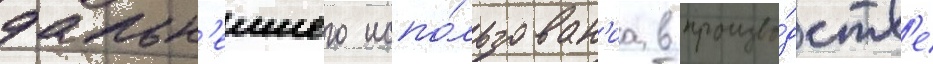
дальн'еишего испо́льзован'иа в произво́дств'е